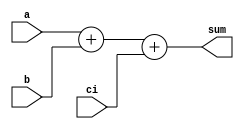
module adder(a, b, ci, sum);
	input  [7:0] a;
	input  [7:0] b;
	input        ci;
	output [7:0] sum;
        
	   assign sum = a + b + ci;

        endmodule